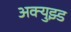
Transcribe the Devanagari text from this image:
अक्युझ्ड